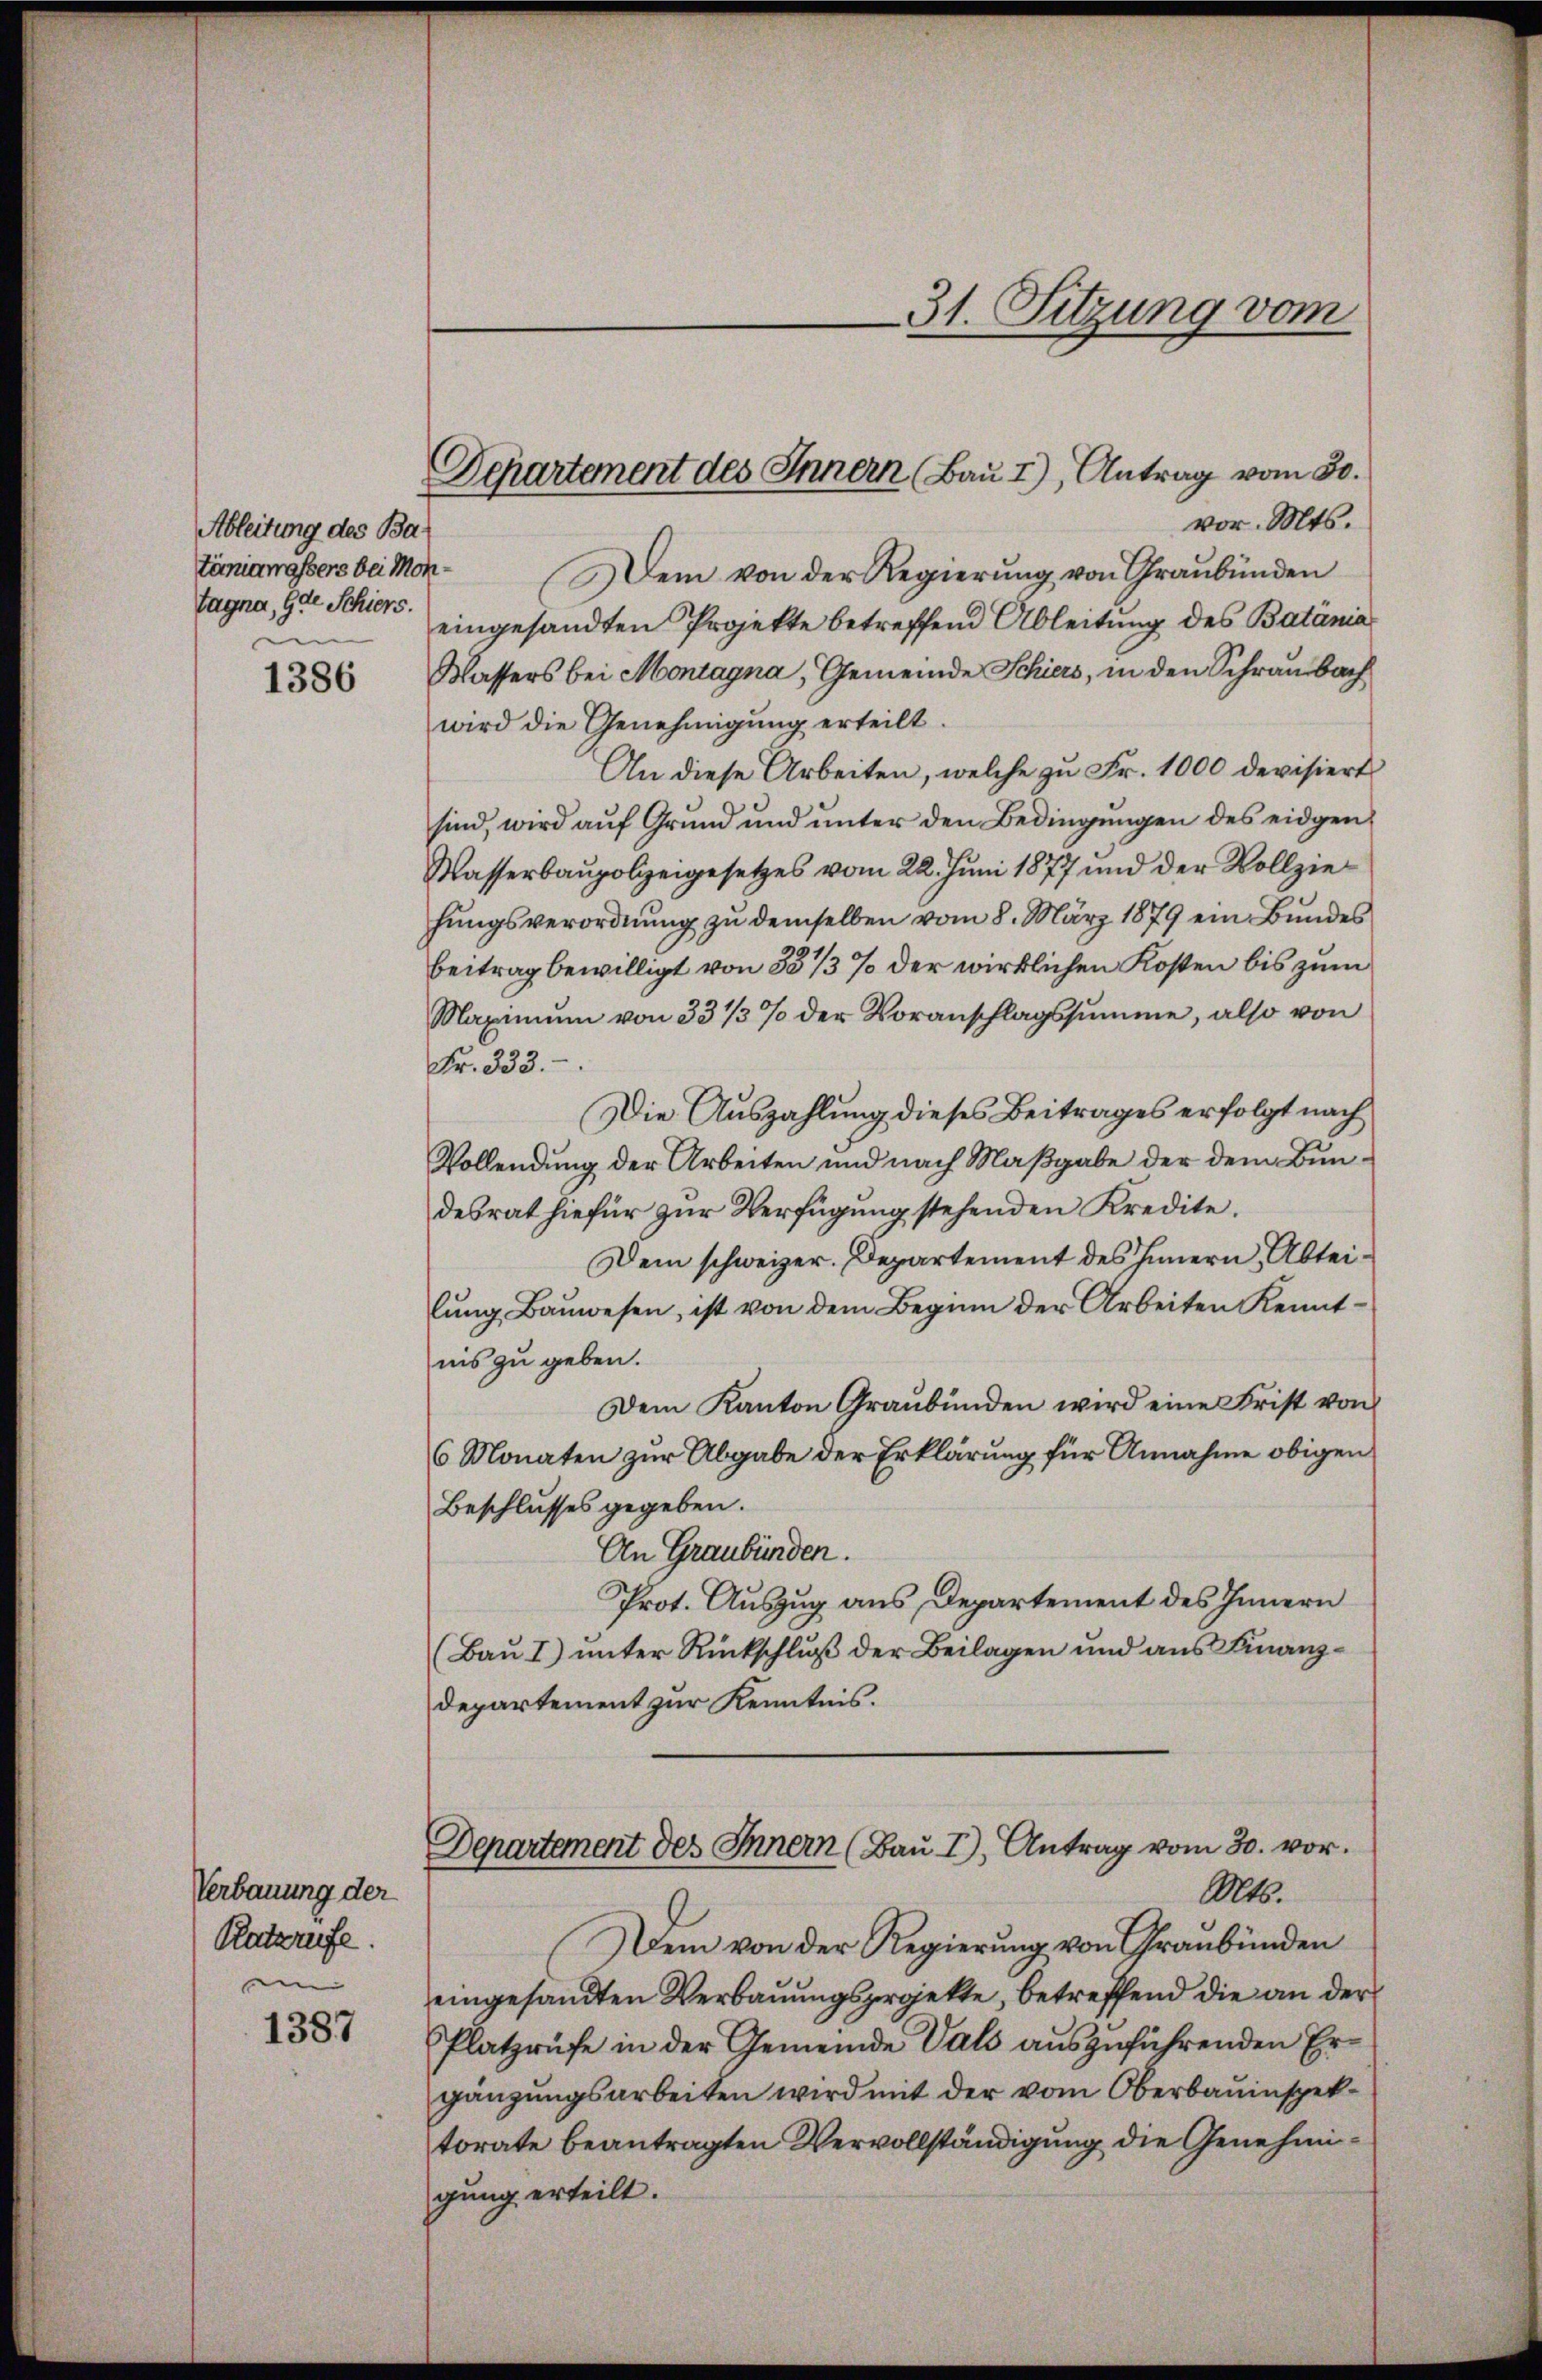
Ableitung des Ba¬
Tagna, Gde Schiers.
din

1386

Verbauung der
Ratzrufe.
m

1387

Departement des Innern (Bau I), Antrag vom 30.

vor. Mts.
tömiamassers bei Mon. Dem von der Regierŭng von Graubünden
eingesandten Projekte betreffend Ableitung des Batánia
Wassers bei Montagna, Gemeinde Schiers, in den Schraubach
wird die Genehmigung erteilt.
An diese Arbeiten, welche zu Fr. 1000 devisiert
sind, wird aŭf Grund und ŭnter den Bedingŭngen des eidgen
Wasserbaupolizeigesetzes vom 22. Juni 1877 und der Vollziehungsverordnung zu demselben vom 8. März 1879 ein Bundes
Beitrag bewilligt von 33 1/3 % der wirklichen Kosten bis zum
Maximum von 33 1/3 % der Voranschlagssumme, also von
Fr. 333.
Die Auszahlung dieses Beitrages erfolgt nach
Vollendung der Arbeiten und nach Maßgabe der dem Bundesrat hiefür zur Verfügung stehenden Kredite.
Dem schweizer. Departement des Innern, Abteilŭng Baŭwesen, ist von dem Beginn der Arbeiten Kennt-
nis zu geben.
Dem Kanton Graubünden wird eine Frist von
6 Monaten zur Abgabe der Erklärung für Annahme obigen
Beschlusses gegeben.
An Graubünden.
Prot. Auszug aus Departement des Innern
(Bau I) unter Rückschluß der Beilagen und aus Finanz¬
Departement zur Kenntnis.
Departement des Innern (Baŭ I), Antrag vom 30. vor.
Mts.
Dem von der Regierung von Graubünden
eingesandten Verbauungsprojekte, betreffend die an der
Platzrufe in der Gemeinde Vals auszuführenden Ergänzungsarbeiten wird mit der vom Oberbauinspektorate beantragten Vervollständigung die Genehmigung erteilt.

31. Sitzung vom